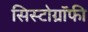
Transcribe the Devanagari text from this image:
सिस्टोग्रॉफी